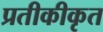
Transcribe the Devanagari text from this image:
प्रतीकीकृत